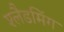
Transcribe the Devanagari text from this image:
श्लैडमिंग